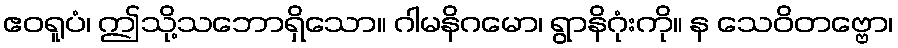
ဧဝရူပံ၊ ဤသို့သဘောရှိသော။ ဂါမနိဂမော၊ ရွာနိဂုံးကို။ န သေဝိတဗ္ဗော၊